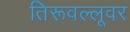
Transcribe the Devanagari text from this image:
तिरूवल्लूवर